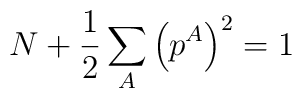
N+\frac{1}{2}\sum_A\left(p^A\right)^2 = 1